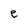
Character: e